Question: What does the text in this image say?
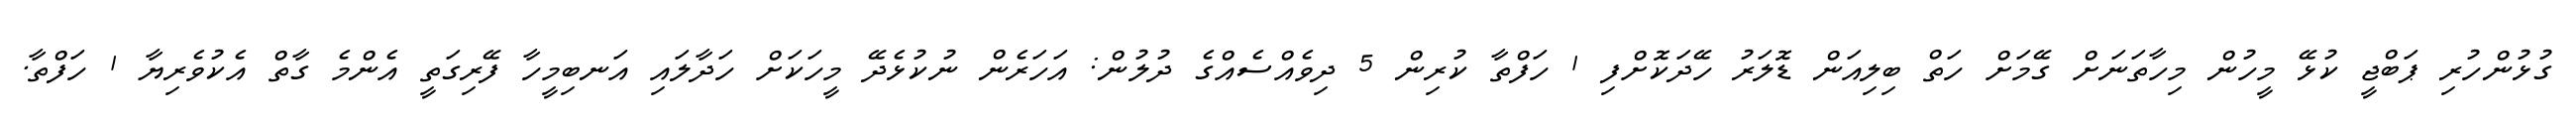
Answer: ގުޅުންހުރި ޕަބްޖީ ކުޅޭ މީހުން މިހާތަނަށް ގޭމަށް ހަތް ބިލިއަން ޑޮލަރު ހޭދަކޮށްފި 1 ހަފްތާ ކުރިން 5 ދިވެއްސެއްގެ ދުލުން: އަހަރެން ނުކުޅެދޭ މީހަކަށް ހަދާލައި އަނބިމީހާ ފޭރިގަތީ އެންމެ ގާތް އެކުވެރިޔާ 1 ހަފްތާ.